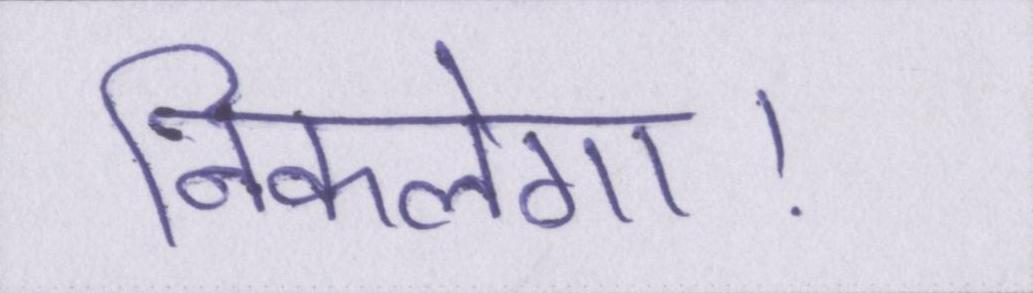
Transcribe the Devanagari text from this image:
निकलेगा।